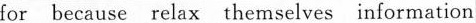
for because relax themselves information